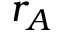
r _ { A }